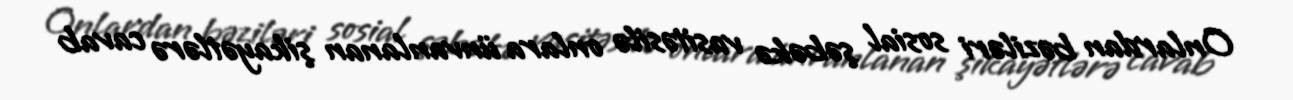
Onlardan bəziləri sosial şəbəkə vasitəsilə onlara ünvanlanan şikayətlərə cavab